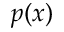
p ( x )